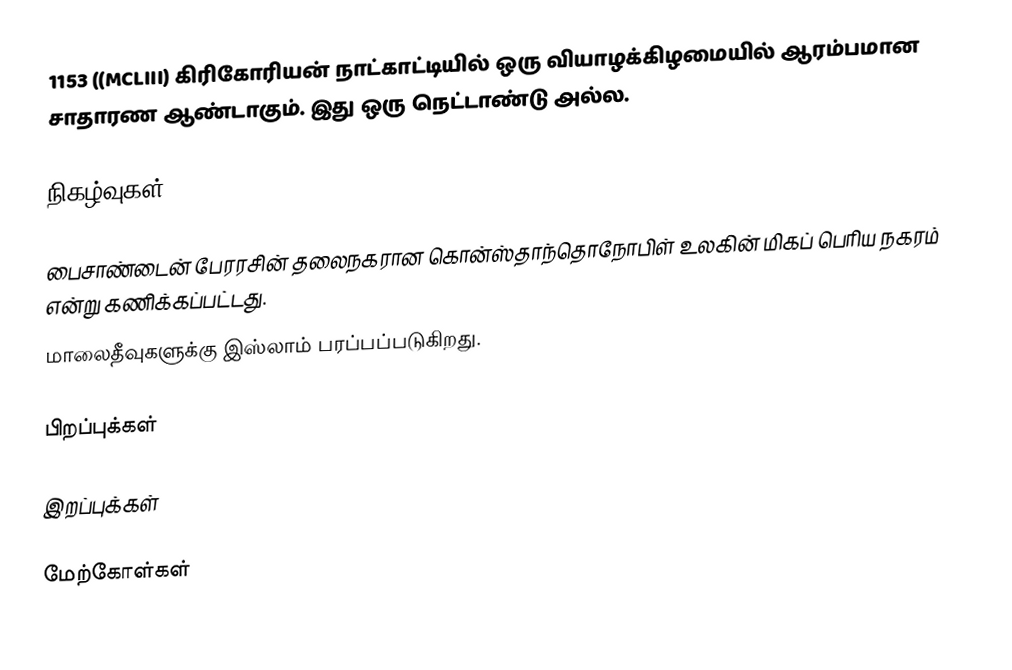
1153 ((MCLIII) கிரிகோரியன் நாட்காட்டியில் ஒரு வியாழக்கிழமையில் ஆரம்பமான சாதாரண ஆண்டாகும். இது ஒரு நெட்டாண்டு அல்ல.

நிகழ்வுகள்

 பைசாண்டைன் பேரரசின் தலைநகரான கொன்ஸ்தாந்தொநோபிள் உலகின் மிகப் பெரிய நகரம் என்று கணிக்கப்பட்டது.
 மாலைதீவுகளுக்கு இஸ்லாம் பரப்பப்படுகிறது.

பிறப்புக்கள்

இறப்புக்கள்

மேற்கோள்கள்